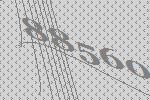
88560